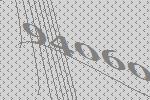
94060